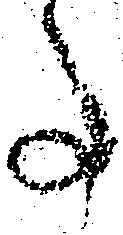
事